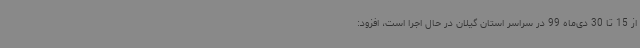
از 15 تا 30 دی‌ماه 99 در سراسر استان گیلان در حال اجرا است، افزود: